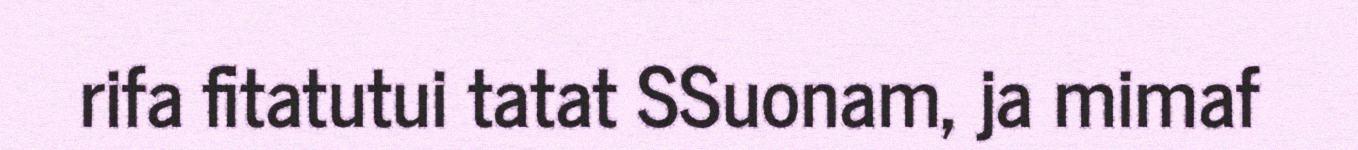
rifa fitatutui tatat SSuonam, ja mimaf